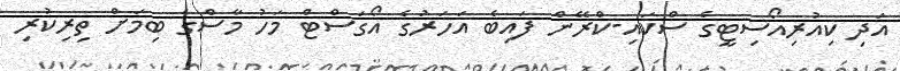
އަދި ކިއުރިއޯސިޓީގެ ސްކައި-ކްރޭން ފައިބެ އަހަރުގެ އޯގަސްޓް މަހު މާސްގެ ބިމަށް ތިރިކުރި